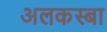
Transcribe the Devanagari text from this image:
अलकस्बा